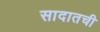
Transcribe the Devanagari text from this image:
सादातची